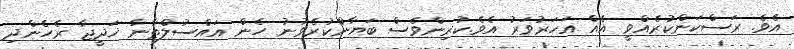
އެވެ. ރަސްކަންކުރެއްވީ އެއް އަހަރުވަރު އެވެ.ކުރިންވެސް ބަޔާންކުރެވުނު ހެން އައްސުލްޠާނާ ޚަދީޖާ ރެހެންދި